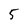
Character: 5